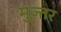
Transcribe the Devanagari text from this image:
मुज़्तर